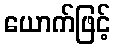
ယောက်ဖြင့်